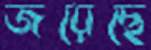
জয়েছে